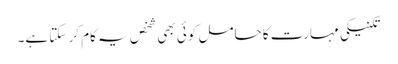
تکنیکی مہارت کا حامل کوئی بھی شخص یہ کام کر سکتا ہے۔